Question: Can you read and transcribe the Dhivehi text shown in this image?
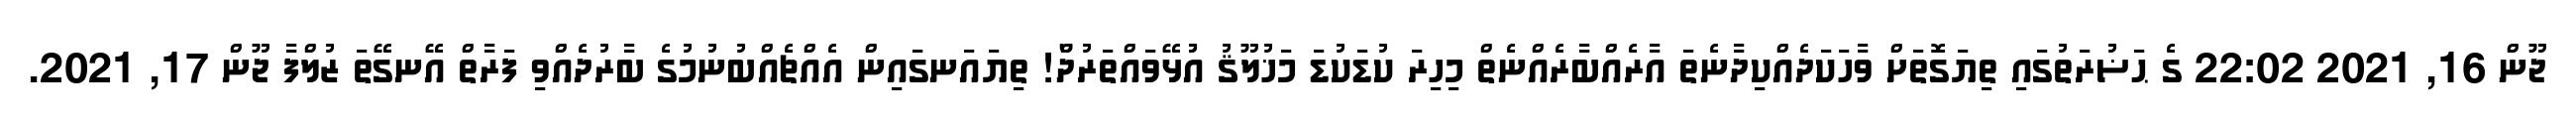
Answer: ޖޫން 16, 2021 22:02 ގެ ޙަޟުރަތުގައި ތިޔަގޮތަށް ވާހަކަދެއްކިދާނެތަ އާރެއްބާރެއްނެތް މިހިރަ ކުޑަކުޑަ މަޚުލޫޤު އުުޅޭވައްތަރުދޯް! ތިޔައަނގައިން އެއްޗެއްބުނުމުގެ ބާރުދެއްވި ފަރާތް އޭނގޭތަ ޒުލްފާ ޖޫން 17, 2021.